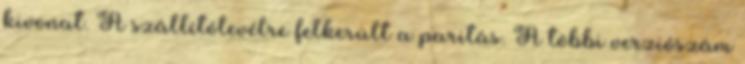
kivonat. A szállítólevélre felkerült a paritás. A többi verziószám